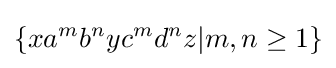
\{xa^{m}b^{n}yc^{m}d^{n}z|m,n\geq 1\}